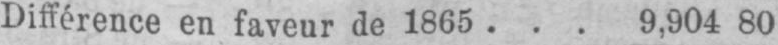
Différence en faveur de 1865 ... 9,904 80